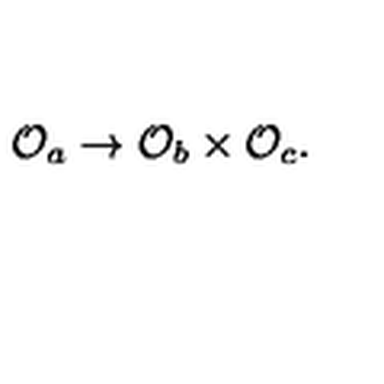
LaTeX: { \cal O } _ { a } \rightarrow { \cal O } _ { b } \times { \cal O } _ { c } .